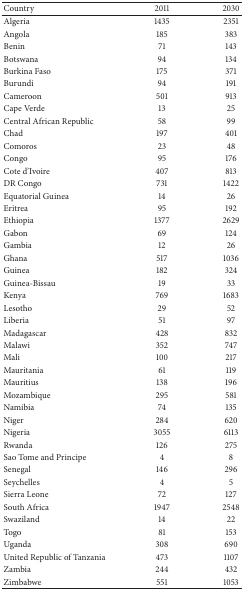
| Country | 2011 | 2030 |
 | --- | --- | --- |
 | Algeria | 1435 | 2351 |
 | Angola | 185 | 383 |
 | Benin | 71 | 143 |
 | Botswana | 94 | 134 |
 | Burkina Faso | 175 | 371 |
 | Burundi | 94 | 191 |
 | Cameroon | 501 | 913 |
 | Cape Verde | 13 | 25 |
 | Central African Republic | 58 | 99 |
 | Chad | 197 | 401 |
 | Comoros | 23 | 48 |
 | Congo | 95 | 176 |
 | Cote d'Ivoire | 407 | 813 |
 | DR Congo | 731 | 1422 |
 | Equatorial Guinea | 14 | 26 |
 | Eritrea | 95 | 192 |
 | Ethiopia | 1377 | 2629 |
 | Gabon | 69 | 124 |
 | Gambia | 12 | 26 |
 | Ghana | 517 | 1036 |
 | Guinea | 182 | 324 |
 | Guinea-Bissau | 19 | 33 |
 | Kenya | 769 | 1683 |
 | Lesotho | 29 | 52 |
 | Liberia | 51 | 97 |
 | Madagascar | 428 | 832 |
 | Malawi | 352 | 747 |
 | Mali | 100 | 217 |
 | Mauritania | 61 | 119 |
 | Mauritius | 138 | 196 |
 | Mozambique | 295 | 581 |
 | Namibia | 74 | 135 |
 | Niger | 284 | 620 |
 | Nigeria | 3055 | 6113 |
 | Rwanda | 126 | 275 |
 | Sao Tome and Principe | 4 | 8 |
 | Senegal | 146 | 296 |
 | Seychelles | 4 | 5 |
 | Sierra Leone | 72 | 127 |
 | South Africa | 1947 | 2548 |
 | Swaziland | 14 | 22 |
 | Togo | 81 | 153 |
 | Uganda | 308 | 690 |
 | United Republic of Tanzania | 473 | 1107 |
 | Zambia | 244 | 432 |
 | Zimbabwe | 551 | 1053 |